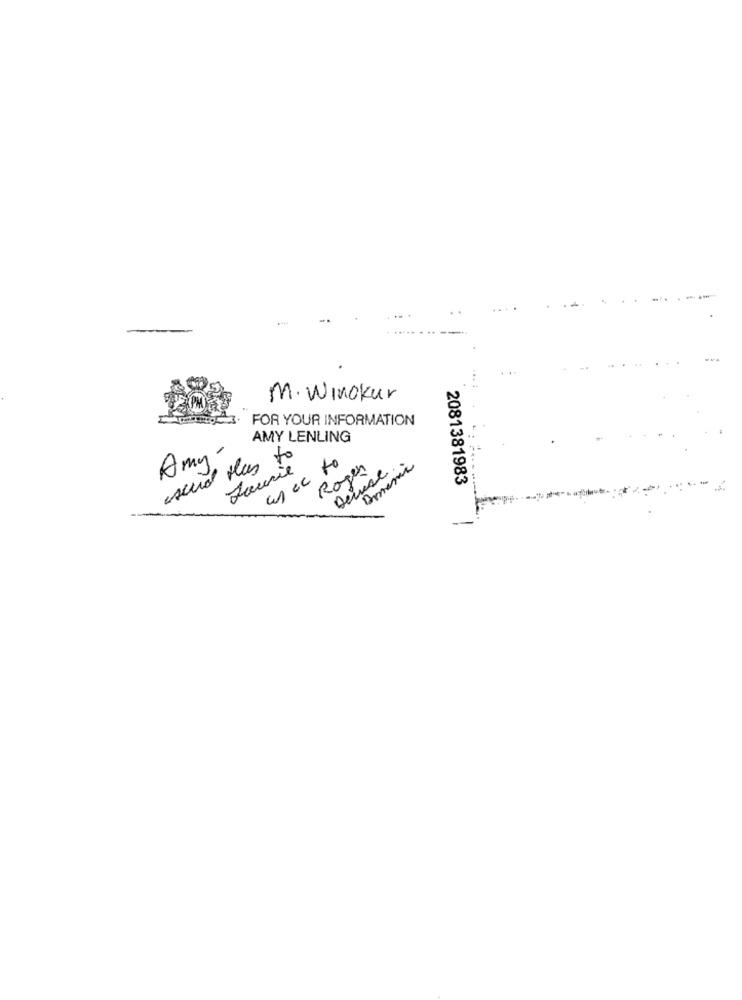
M. Winokur
FOR YOUR INFORMATION
AMY LENLING
Amy-
seud they to
ance to
Domenic
Laurie
Rogen
Derese .
2081381983